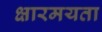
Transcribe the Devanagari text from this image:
क्षारमयता